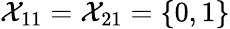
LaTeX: \mathcal{X}_{11}=\mathcal{X}_{21}=\{ 0,1\}